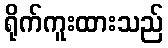
ရိုက်ကူးထားသည်